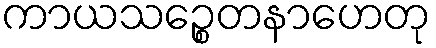
ကာယသဉ္စေတနာဟေတု